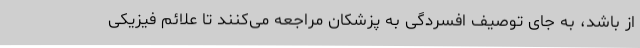
از باشد، به جای توصیف افسردگی به پزشکان مراجعه می‌کنند تا علائم فیزیکی